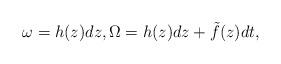
LaTeX: \begin{align*} \omega= h(z)dz,\Omega=h(z)dz+\tilde f(z)dt,\end{align*}